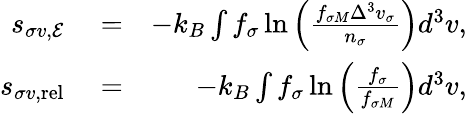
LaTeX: \begin{array}{rlr}{s_{\sigma v,{\cal E}}}&{{}=}&{-k_{B}\int f_{\sigma}\ln\left(\frac{f_{\sigma M}\Delta^{3}v_{\sigma}}{n_{\sigma}}\right)d^{3}v,}\\ {s_{\sigma v,\mathrm{rel}}}&{{}=}&{-k_{B}\int f_{\sigma}\ln\left(\frac{f_{\sigma}}{f_{\sigma M}}\right)d^{3}v,}\end{array}